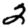
Digit: 2